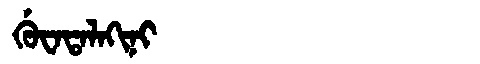
Manchu: ᡤᡠᠸᠠᡨᠠᠯᠠᡴᡳᠨᡳ
Romanization: GUWATALAKINI